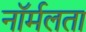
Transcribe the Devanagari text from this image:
नॉर्मलता